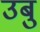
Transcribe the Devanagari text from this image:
उबु